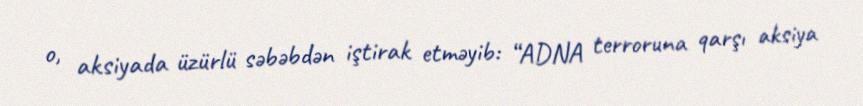
o, aksiyada üzürlü səbəbdən iştirak etməyib: “ADNA terroruna qarşı aksiya